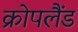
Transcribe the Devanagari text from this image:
क्रोपलैंड